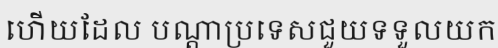
ហើយដែល បណ្តាប្រទេសជួយទទួលយក